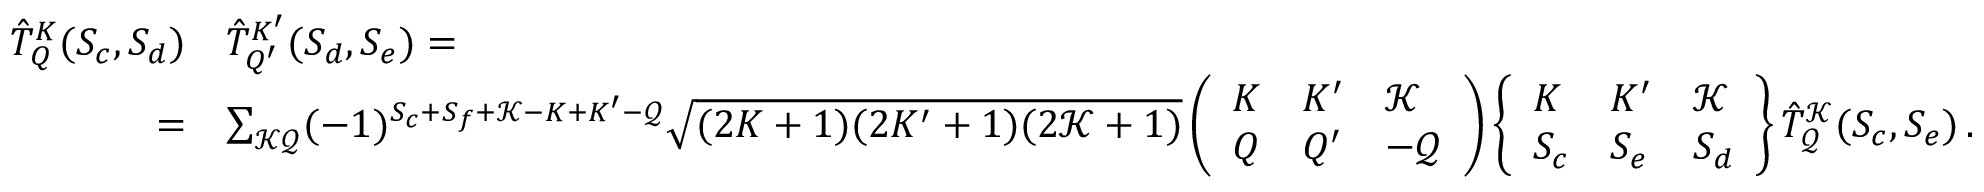
\begin{array} { r l } { \hat { T } _ { Q } ^ { K } ( S _ { c } , S _ { d } ) } & { \hat { T } _ { Q ^ { \prime } } ^ { K ^ { \prime } } ( S _ { d } , S _ { e } ) = } \\ { = } & { \sum _ { \mathcal { K } \mathcal { Q } } ( - 1 ) ^ { S _ { c } + S _ { f } + \mathcal { K } - K + K ^ { \prime } - \mathcal { Q } } \sqrt { ( 2 K + 1 ) ( 2 K ^ { \prime } + 1 ) ( 2 \mathcal { K } + 1 ) } \left( \begin{array} { l l l } { K } & { K ^ { \prime } } & { \mathcal { K } } \\ { Q } & { Q ^ { \prime } } & { - \mathcal Q } \end{array} \right) \left\{ \begin{array} { l l l } { K } & { K ^ { \prime } } & { \mathcal K } \\ { S _ { c } } & { S _ { e } } & { S _ { d } } \end{array} \right\} \hat { T } _ { \mathcal Q } ^ { \mathcal K } ( S _ { c } , S _ { e } ) \, . } \end{array}